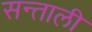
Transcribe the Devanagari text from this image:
सन्ताली